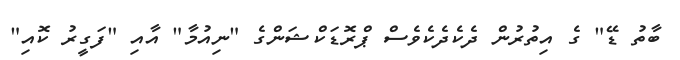
ބާތު ޑޭ" ގެ އިތުރުން ދެކެދެކެވެސް ޕްރޮޑަކްޝަންގެ "ނިއުމާ" އާއި "ފަގީރު ކޮއި"